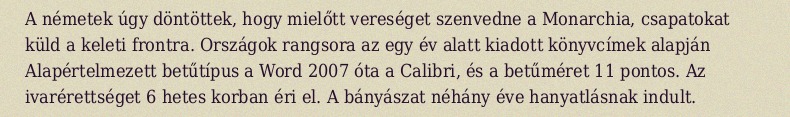
A németek úgy döntöttek, hogy mielőtt vereséget szenvedne a Monarchia, csapatokat küld a keleti frontra. Országok rangsora az egy év alatt kiadott könyvcímek alapján Alapértelmezett betűtípus a Word 2007 óta a Calibri, és a betűméret 11 pontos. Az ivarérettséget 6 hetes korban éri el. A bányászat néhány éve hanyatlásnak indult.